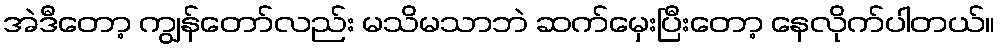
အဲဒီတော့ ကျွန်တော်လည်း မသိမသာဘဲ ဆက်မှေးပြီးတော့ နေလိုက်ပါတယ်။